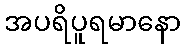
အပရိပူရမာနော